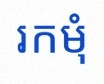
រកមុំ